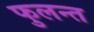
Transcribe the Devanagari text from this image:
फुलन्त